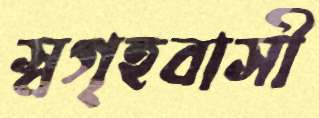
স্বগৃহবাসী